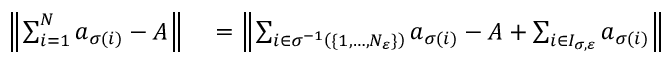
\begin{array} { r l r l } { \left\| \sum _ { i = 1 } ^ { N } a _ { \sigma ( i ) } - A \right\| } & { { } = \left\| \sum _ { i \in \sigma ^ { - 1 } \left( \{ 1 , \dots , N _ { \varepsilon } \} \right) } a _ { \sigma ( i ) } - A + \sum _ { i \in I _ { \sigma , \varepsilon } } a _ { \sigma ( i ) } \right\| } \end{array}